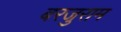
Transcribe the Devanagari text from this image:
बरजुराम